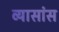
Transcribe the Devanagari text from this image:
व्यासांस